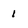
Character: 1